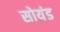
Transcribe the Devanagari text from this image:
सोयंड